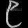
Digit: ၉